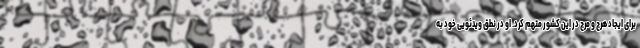
برای ایجاد هرج و مرج در این کشور متهم کرد. او در نطق ویدئویی خود به